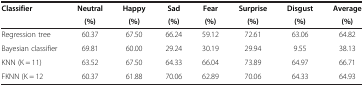
<table><thead><tr><td><b>Classifier</b></td><td><b>Neutral</b></td><td><b>Happy</b></td><td><b>Sad</b></td><td><b>Fear</b></td><td><b>Surprise</b></td><td><b>Disgust</b></td><td><b>Average</b></td></tr><tr><td>[EMPTY_CELL]</td><td><b>(%)</b></td><td><b>(%)</b></td><td><b>(%)</b></td><td><b>(%)</b></td><td><b>(%)</b></td><td><b>(%)</b></td><td><b>(%)</b></td></tr></thead><tbody><tr><td>Regression tree</td><td>60.37</td><td>67.50</td><td>66.24</td><td>59.12</td><td>72.61</td><td>63.06</td><td>64.82</td></tr><tr><td>Bayesian classifier</td><td>69.81</td><td>60.00</td><td>29.24</td><td>30.19</td><td>29.94</td><td>9.55</td><td>38.13</td></tr><tr><td>KNN (K = 11)</td><td>63.52</td><td>67.50</td><td>64.33</td><td>66.04</td><td>73.89</td><td>64.97</td><td>66.71</td></tr><tr><td>FKNN (K = 12</td><td>60.37</td><td>61.88</td><td>70.06</td><td>62.89</td><td>70.06</td><td>64.33</td><td>64.93</td></tr></tbody></table>